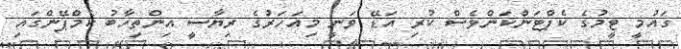
ގައުމީ ޓީމުގެ ކެޕްޓަންކަންވެސް ކުރި އަޑޭ ވަނީ މިއަހަރުގެ ރިޔާސީ އިންތިހާބު ކެމްޕޭންގައި